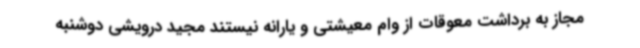
مجاز به برداشت معوقات از وام معیشتی و یارانه نیستند مجید درویشی دوشنبه